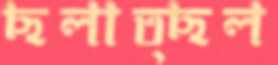
ছলাত্ছল